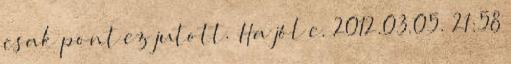
csak pont ez jutott. Ha jól e. 2012.03.05. 21:58